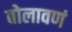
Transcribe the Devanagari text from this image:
बोलावणं